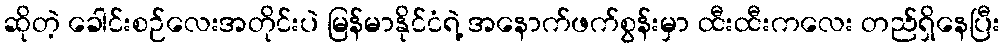
ဆိုတဲ့ ခေါင်းစဉ်လေးအတိုင်းပဲ မြန်မာနိုင်ငံရဲ့ အနောက်ဖက်စွန်းမှာ ထီးထီးကလေး တည်ရှိနေပြီး